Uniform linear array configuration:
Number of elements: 32
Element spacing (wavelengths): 0.5
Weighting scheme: binomial
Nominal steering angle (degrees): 15
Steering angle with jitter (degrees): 14.335
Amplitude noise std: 0.05
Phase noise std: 0.05

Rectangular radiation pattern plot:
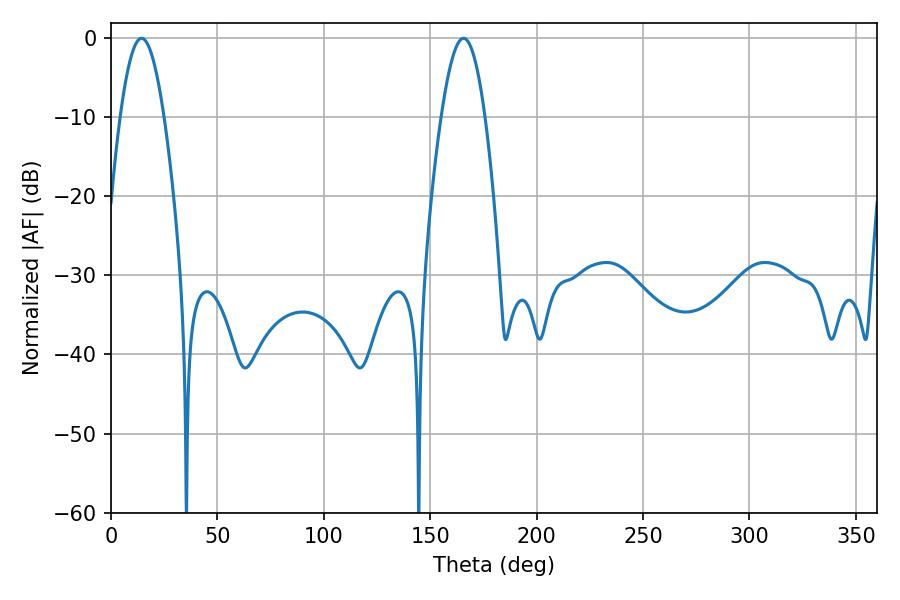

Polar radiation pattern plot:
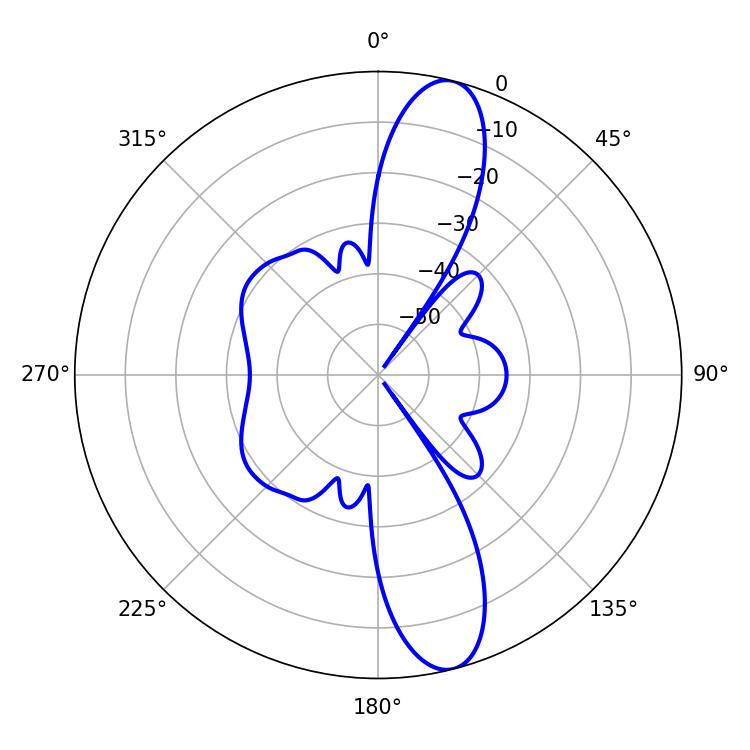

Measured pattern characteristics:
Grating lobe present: FALSE
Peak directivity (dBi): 12.841
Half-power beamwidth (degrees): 11.16
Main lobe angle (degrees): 14.4